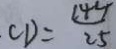
C D = \frac { 1 4 4 } { 2 5 }